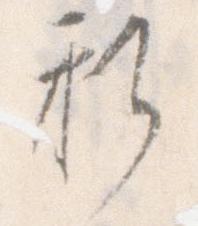
新